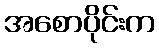
အစောပိုင်းက